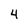
Character: 4